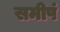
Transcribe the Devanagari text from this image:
समीपं